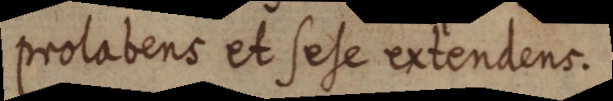
prolabens et sese extendens.